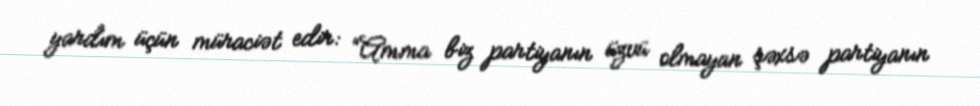
yardım üçün müraciət edir: “Amma biz partiyanın üzvü olmayan şəxsə partiyanın